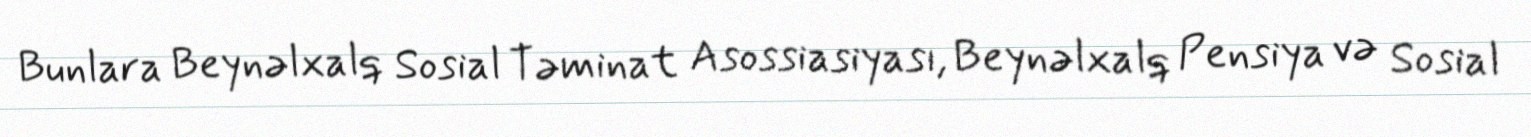
Bunlara Beynəlxalq Sosial Təminat Asossiasiyası, Beynəlxalq Pensiya və Sosial